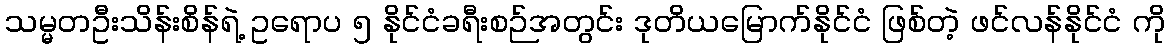
သမ္မတဦးသိန်းစိန်ရဲ့ ဥရောပ ၅ နိုင်ငံခရီးစဉ်အတွင်း ဒုတိယမြောက်နိုင်ငံ ဖြစ်တဲ့ ဖင်လန်နိုင်ငံ ကို